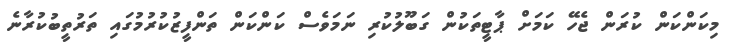
މިކަންކަން ކުރަން ޖެހޭ ކަމަށް ޕާޓީތަކުން ގަބޫލުކުރި ނަމަވެސް ކަންކަން ތަންފީޒުކުރުމުގައި ތަރުތީބުކުރާނެ